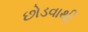
છોડવાથી